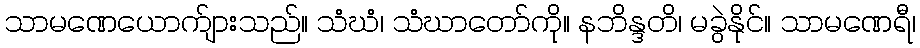
သာမဏေယောက်ျားသည်။ သံဃံ၊ သံဃာတော်ကို။ နဘိန္ဒတိ၊ မခွဲနိုင်။ သာမဏေရီ၊